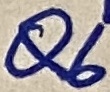
Text: Q6